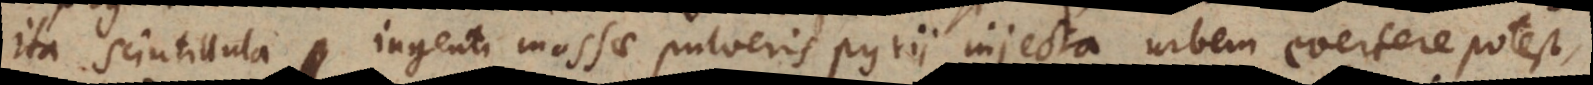
ita scintillula ingenti massae pulveris pyrii injecta urbem evertere potest,